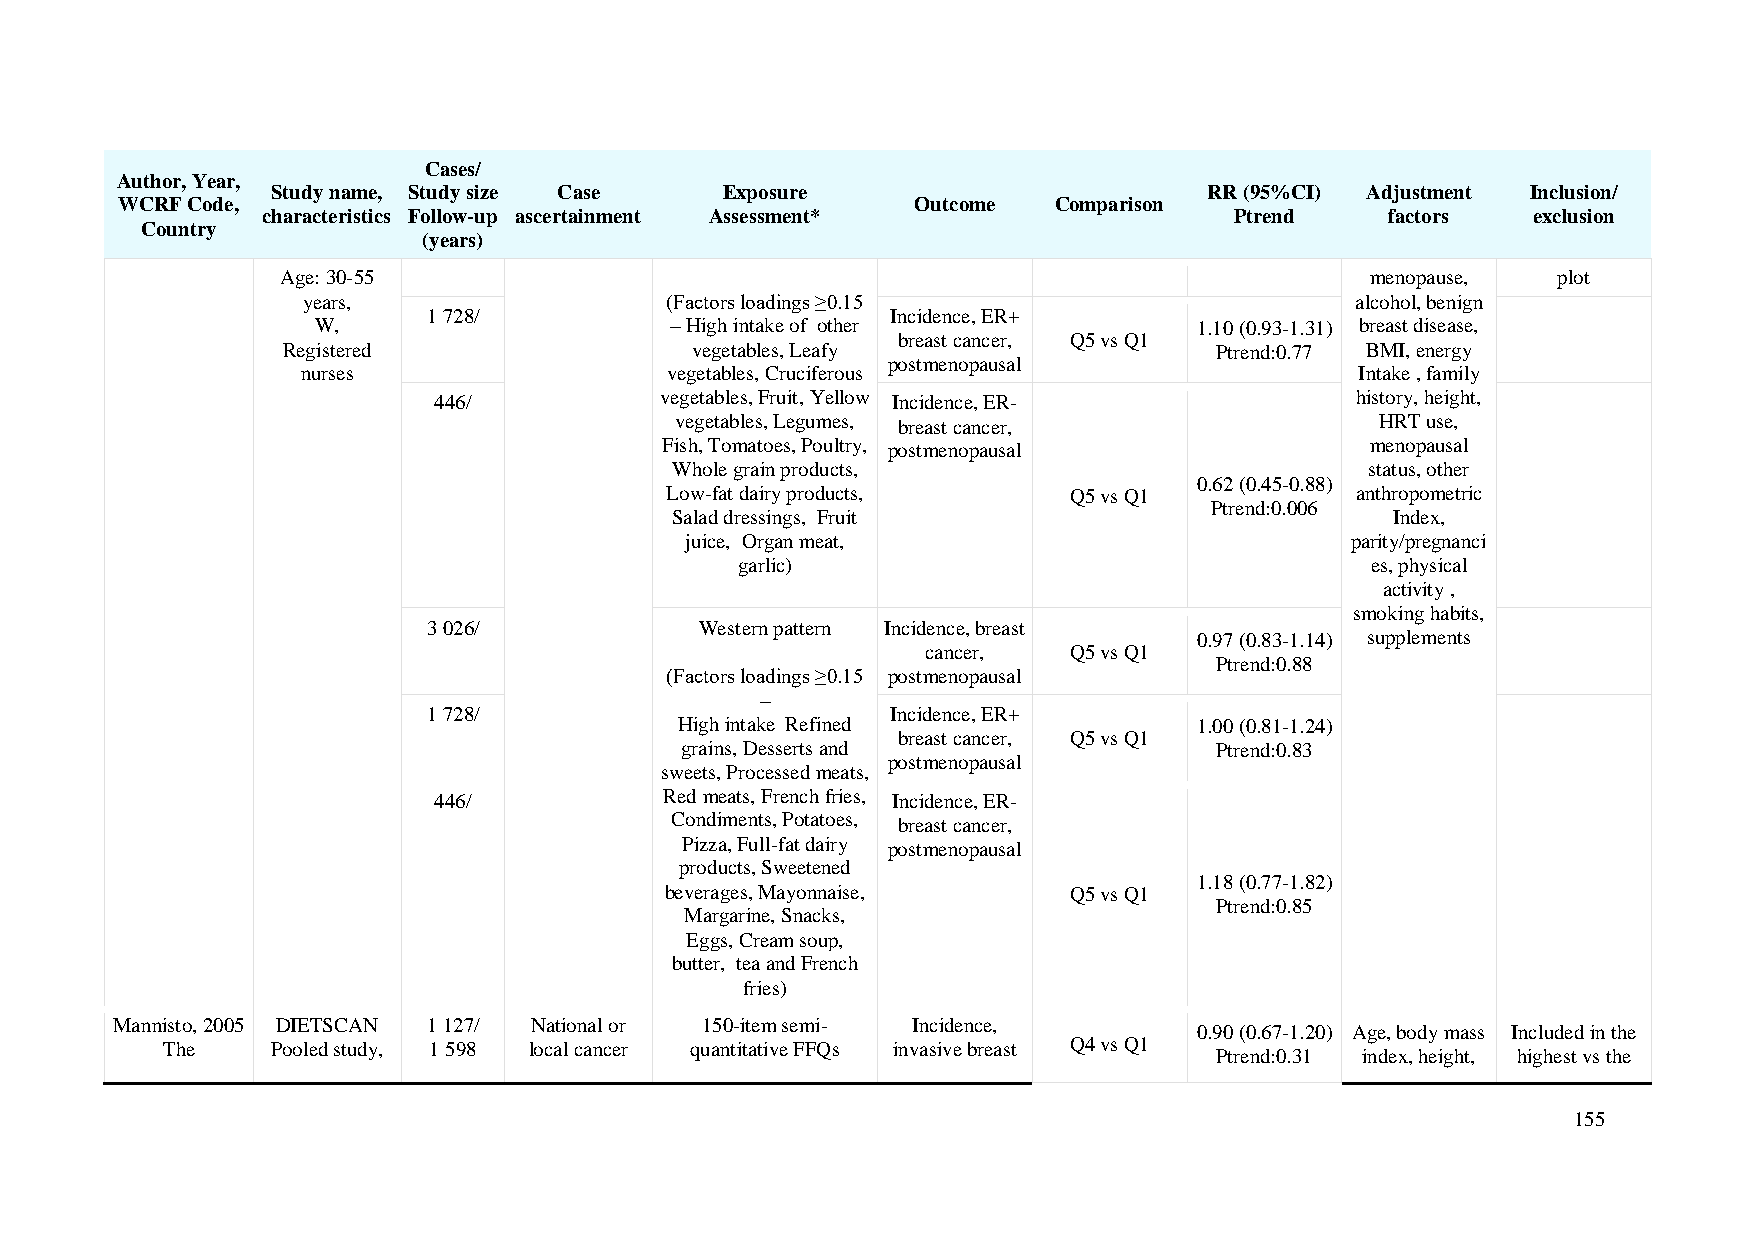
Cases/
 Author, Year,
 Study name, Study size Case   Exposure                        RR (95%CI) Adjustment Inclusion/
 WCRF Code,                                           Outcome  Comparison
 characteristics Follow-up ascertainment Assessment*              Ptrend    factors  exclusion
 Country
 (years)
 Age: 30-55                                                              menopause,  plot
 years,                  (Factors loadings ≥0.15                       alcohol, benign
 1 728/                         Incidence, ER+
 W,                     – High intake of other             1.10 (0.93-1.31) breast disease,
 breast cancer, Q5 vs Q1
 Registered                 vegetables, Leafy                 Ptrend:0.77 BMI, energy
 postmenopausal
 nurses                  vegetables, Cruciferous                       Intake , family
 446/           vegetables, Fruit, Yellow Incidence, ER-      history, height,
 vegetables, Legumes, breast cancer,           HRT use,
 Fish, Tomatoes, Poultry, postmenopausal        menopausal
 Whole grain products,                          status, other
 0.62 (0.45-0.88)
 Low-fat dairy products,    Q5 vs Q1           anthropometric
 Ptrend:0.006
 Salad dressings, Fruit                          Index,
 juice, Organ meat,                          parity/pregnanci
 garlic)                                   es, physical
 activity ,
 smoking habits,
 3 026/            Western pattern Incidence, breast
 0.97 (0.83-1.14) supplements
 cancer,   Q5 vs Q1
 Ptrend:0.88
 (Factors loadings ≥0.15 postmenopausal
 –
 1 728/                         Incidence, ER+
 High intake Refined               1.00 (0.81-1.24)
 breast cancer, Q5 vs Q1
 grains, Desserts and               Ptrend:0.83
 postmenopausal
 sweets, Processed meats,
 446/           Red meats, French fries, Incidence, ER-
 Condiments, Potatoes, breast cancer,
 Pizza, Full-fat dairy postmenopausal
 products, Sweetened
 1.18 (0.77-1.82)
 beverages, Mayonnaise,     Q5 vs Q1
 Ptrend:0.85
 Margarine, Snacks,
 Eggs, Cream soup,
 butter, tea and French
 fries)
 Mannisto, 2005 DIETSCAN 1 127/ National or 150-item semi- Incidence,
 0.90 (0.67-1.20) Age, body mass Included in the
 The    Pooled study, 1 598 local cancer quantitative FFQs invasive breast Q4 vs Q1
 Ptrend:0.31 index, height, highest vs the
 155